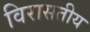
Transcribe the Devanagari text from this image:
विरासतीय